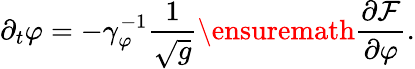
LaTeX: \partial_{t}\varphi=-\gamma_{\varphi}^{-1}\frac{1}{\sqrt{g}}\ensuremath{\frac{\partial\mathcal F}{\partial\varphi}}.